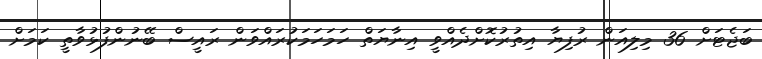
ބަޖެޓަށް 36 މިލިއަން ރުފިޔާ އިތުރުކޮށްދެއްވީ އިނާޔަތް ހަމަހަމަކުރައްވަން ރައީސް ބޭނުންފުޅުވާތީ ކަމަށް